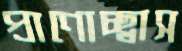
প্রাণোচ্ছ্বাস